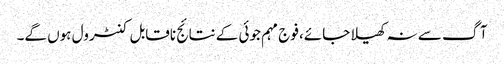
آگ سے نہ کھیلا جائے، فوج مہم جوئی کے نتائج ناقابل کنٹرول ہوں گے۔